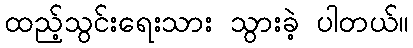
ထည့်သွင်းရေးသား သွားခဲ့ ပါတယ်။